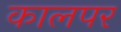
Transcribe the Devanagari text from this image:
कालपर